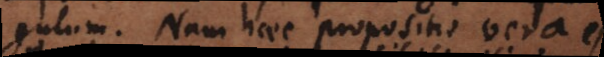
ngulum. Nam haec propositio vera es